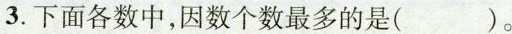
3.下面各数中，因数个数最多的是（ ）。